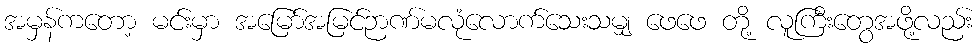
အမှန်ကတော့ မင်းမှာ အမြော်အမြင်ဉာဏ်မလုံလောက်သေးသမျှ ဖေဖေ တို့ လူကြီးတွေအဖို့လည်း